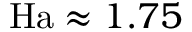
\mathrm { H a } \approx 1 . 7 5